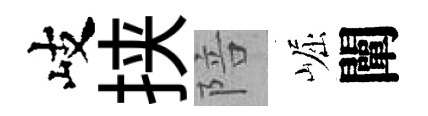
岐挟陪崛闡